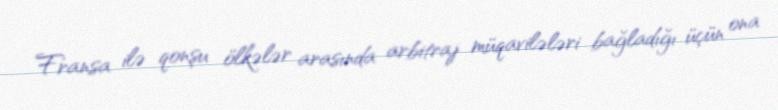
Fransa ilə qonşu ölkələr arasında arbitraj müqavilələri bağladığı üçün ona